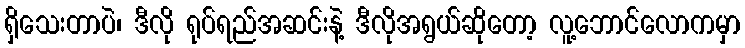
ရှိသေးတာပဲ၊ ဒီလို ရုပ်ရည်အဆင်းနဲ့ ဒီလိုအရွယ်ဆိုတော့ လူ့ဘောင်လောကမှာ